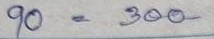
90 = 300